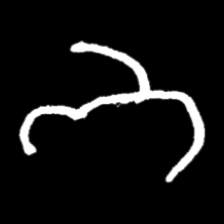
Pyu character \u2014 Myanmar letter: ဘ (romanized: bha)